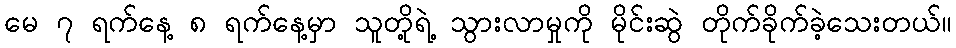
မေ ၇ ရက်နေ့ ၈ ရက်နေ့မှာ သူတို့ရဲ့ သွားလာမှုကို မိုင်းဆွဲ တိုက်ခိုက်ခဲ့သေးတယ်။